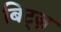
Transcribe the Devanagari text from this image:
बिट्ज़